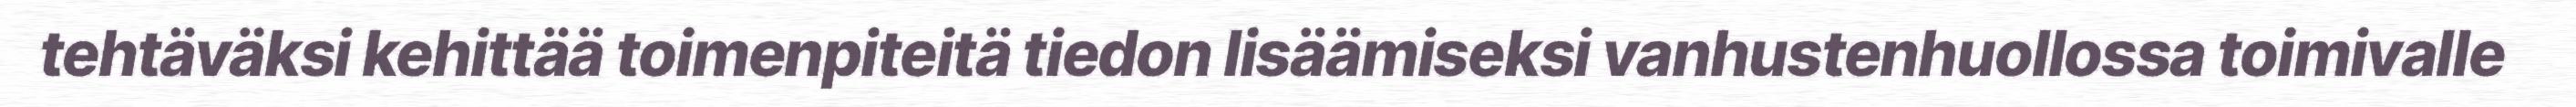
tehtäväksi kehittää toimenpiteitä tiedon lisäämiseksi vanhustenhuollossa toimivalle